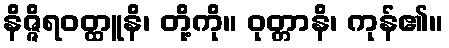
နိဇ္ဇိရဝတ္ထူနိ၊ တို့ကို။ ဝုတ္တာနိ၊ ကုန်၏။